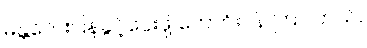
မန္တလေးပြန်ခွင့်ပေးဖို့ တောင်းပန် ကြပါတယ်။